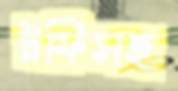
ট্রফিসহ